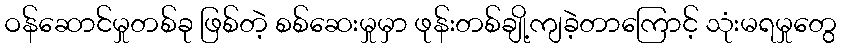
ဝန်ဆောင်မှုတစ်ခု ဖြစ်တဲ့ စစ်ဆေးမှုမှာ ဖုန်းတစ်ချို့ကျခဲ့တာကြောင့် သုံးမရမှုတွေ